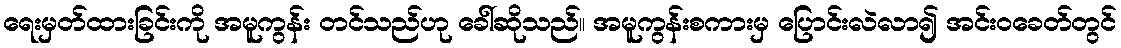
ရေးမှတ်ထားခြင်းကို အမူကွန်း တင်သည်ဟု ခေါ်ဆိုသည်။ အမူကွန်းစကားမှ ပြောင်းလဲလာ၍ အင်းဝခေတ်တွင်